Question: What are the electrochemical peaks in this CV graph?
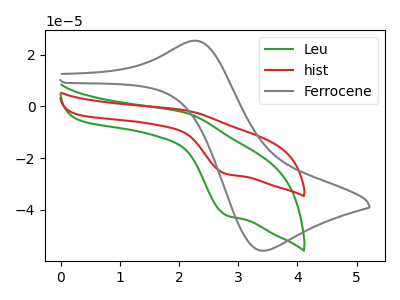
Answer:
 <answer>The green curve "Leu" has an anodic peak at (2.10V, -2.45uA) and a cathodic peak at (2.80V, -42.00uA). The red curve "hist" has an anodic peak at (2.10V, -1.50uA) and a cathodic peak at (2.80V, -26.10uA). The gray curve "Ferrocene" has an anodic peak at (2.30V, 25.40uA) and a cathodic peak at (3.40V, -55.80uA).</answer>
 <eval></eval>